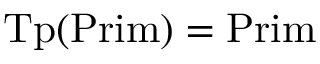
{ \mathrm { T p } } ( { \mathrm { P r i m } } ) = { \mathrm { P r i m } } \,